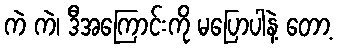
ကဲ ကဲ၊ ဒီအကြောင်းကို မပြောပါနဲ့ တော့